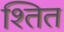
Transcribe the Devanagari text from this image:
श्तित